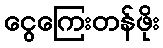
ငွေကြေးတန်ဖိုး